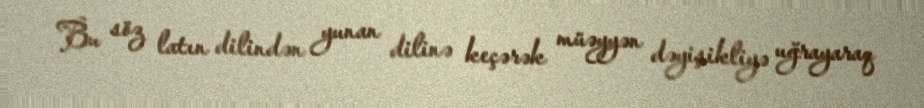
Bu söz latın dilindən yunan dilinə keçərək müəyyən dəyişikliyə uğrayaraq